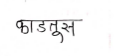
मजकूर: काडतूस